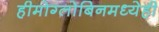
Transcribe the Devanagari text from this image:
हीमोग्लोबिनमध्येही